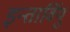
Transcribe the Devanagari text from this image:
इन्तार्वियु